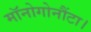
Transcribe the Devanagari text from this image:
मॉनोगोनौंटा।